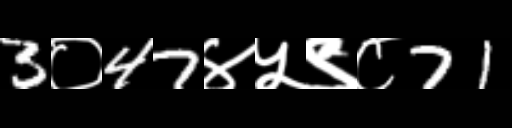
Text: 3०47४५९८71